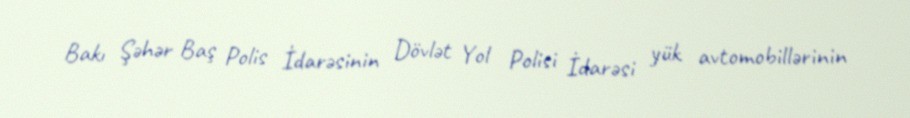
Bakı Şəhər Baş Polis İdarəsinin Dövlət Yol Polisi İdarəsi yük avtomobillərinin